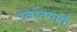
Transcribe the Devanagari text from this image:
स्त्रोतवासी